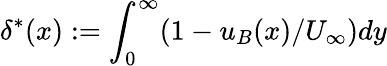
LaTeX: \delta^{*}(x):=\int_{0}^{\infty}(1-u_{B}(x)/U_{\infty})dy